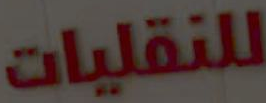
للنقليات